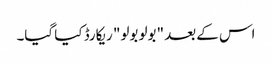
اس کے بعد "بولو بولو" ریکارڈ کیا گیا۔